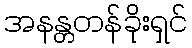
အနန္တတန်ခိုးရှင်